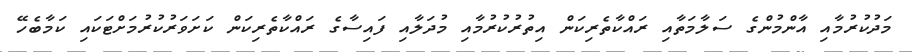
މަދުކުރުމާއި އާންމުންގެ ސަލާމަތާއި ރައްކާތެރިކަން އިތުރުކުރުމާއި މުދަލާއި ފައިސާގެ ރައްކާތެރިކަން ކަށަވަރުކުރުމަށްޓަކައި ކަމާބެހޭ